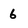
Character: 6